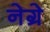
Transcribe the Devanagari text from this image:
नेग्रे